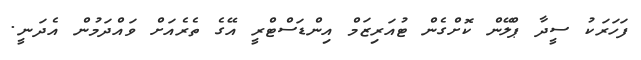
ފަހަރަކު ސީދާ ޕްލޭން ކޮށްގެން ޓުއަރިޒަމް އިންޑަސްޓްރީ އޭގެ ތެރެއަށް ވައްދަމުން އެދަނީ.